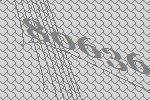
80636